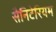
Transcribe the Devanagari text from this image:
सैनिटेरियम